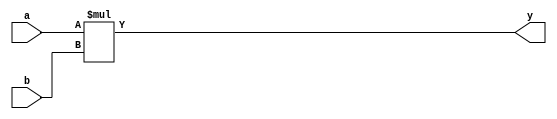
`timescale 1ns / 1ps
//////////////////////////////////////////////////////////////////////////////////
// Company: 
// Engineer: 
// 
// Design Name: 
// Module Name: multiplier
// Project Name: 
// Target Devices: 
// Tool Versions: 
// Description: 
// 
// Dependencies: 
// 
// Revision:
// Revision 0.01 - File Created
// Additional Comments:
// 
//////////////////////////////////////////////////////////////////////////////////


module multiplier
#(parameter WIDTH = 8)
(
input [WIDTH-1:0] a,b,
output [WIDTH-1:0] y
    );

assign y = a * b;
endmodule